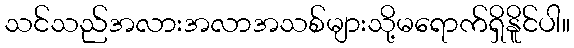
သင်သည်အလားအလာအသစ်များသို့မရောက်ရှိနိူင်ပါ။